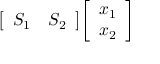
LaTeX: { \left[ \begin{array} { l l } { S _ { 1 } } & { S _ { 2 } } \end{array} \right] } { \left[ \begin{array} { l } { x _ { 1 } } \\ { x _ { 2 } } \end{array} \right] }